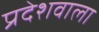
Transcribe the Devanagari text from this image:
प्रदेशवाला